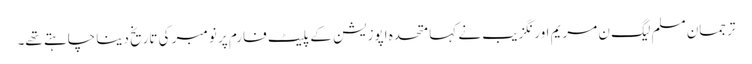
ترجمان مسلم لیگ ن مریم اورنگزیب نے کہا متحدہ اپوزیشن کے پلیٹ فارم پر نومبر کی تاریخ دینا چاہتے تھے۔